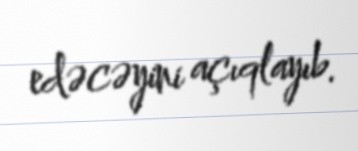
edəcəyini açıqlayıb.